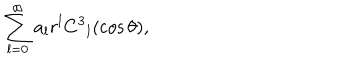
\sum _ { l = 0 } ^ { \infty } a _ { l } r ^ { l } C ^ { 3 } { } _ { l } ( \cos \theta ) ,